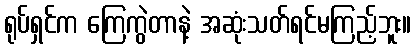
ရုပ်ရှင်က ကြေကွဲတာနဲ့ အဆုံးသတ်ရင်မကြည့်ဘူး။